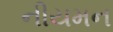
નીયમન